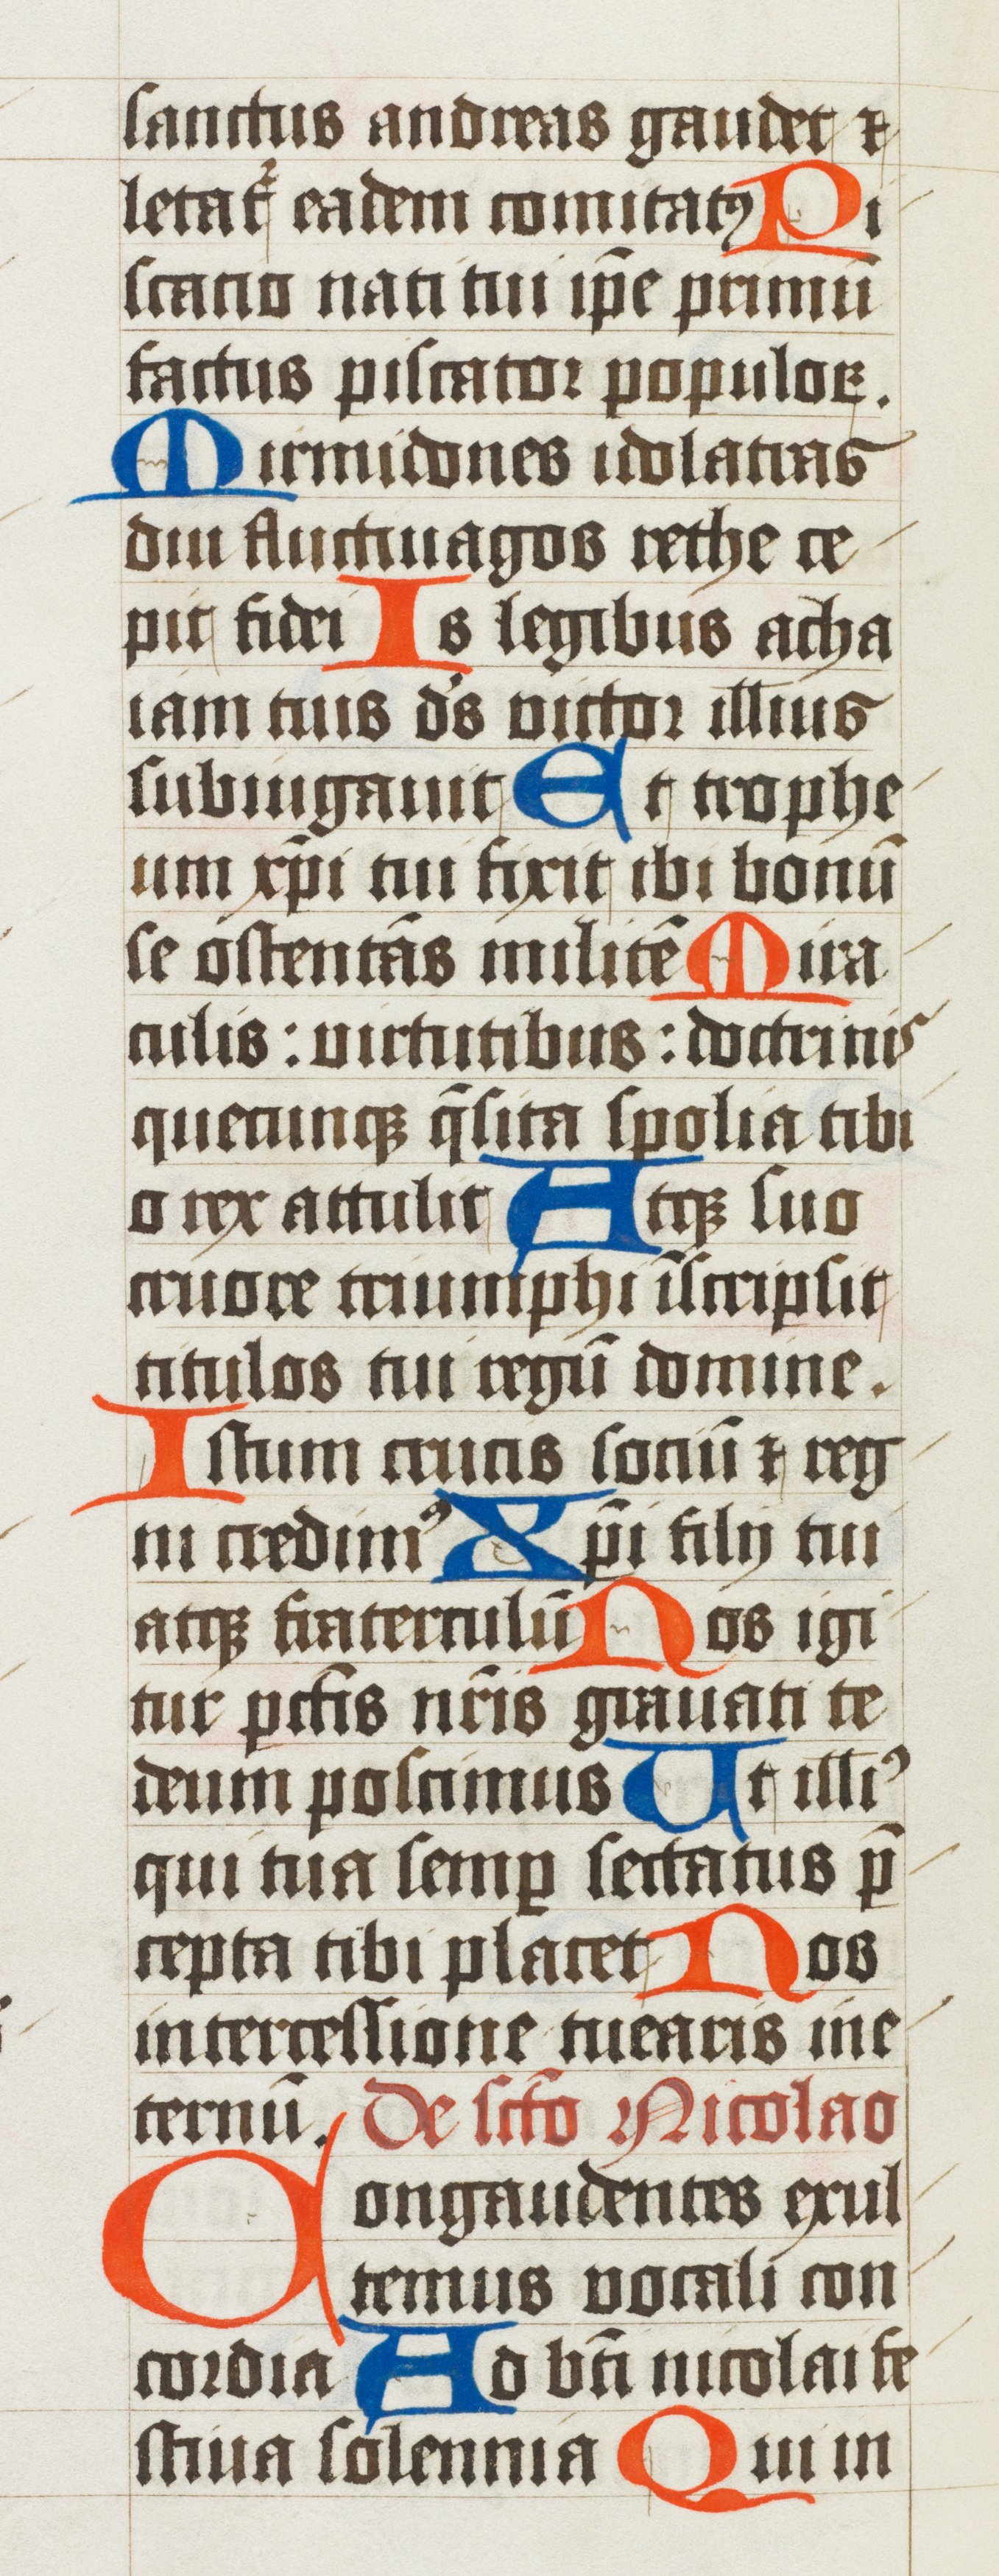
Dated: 1502–1527